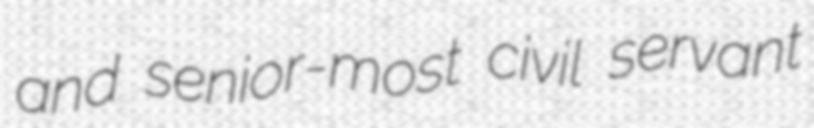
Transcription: and senior-most civil servant